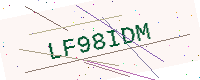
Text: LF98IDM